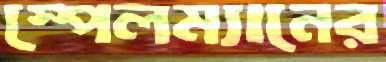
স্পেলম্যানের